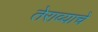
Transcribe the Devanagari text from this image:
तेराव्याचे